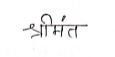
मजकूर: श्रीमंत